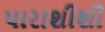
પારાશીશી